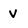
Character: V